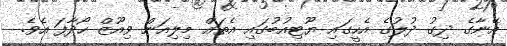
އޭނާގެ ދިގު ދުލުގެ އެހީގައި ޔޫޓިއުބުގައި އެތައް މިލިއަން ވިއޫޒް ހޯދާފަ އެވެ.